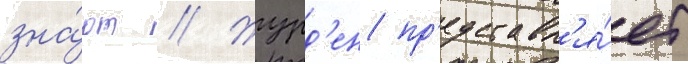
зна́ют // Журд'ен пр'едставл'я́ет